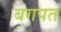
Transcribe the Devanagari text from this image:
बगपत